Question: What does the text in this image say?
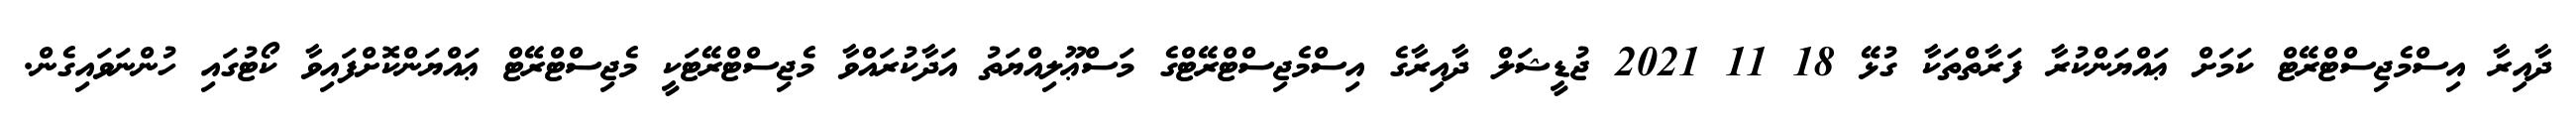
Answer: ދާއިރާ އިސްމެޖިސްޓްރޭޓް ކަމަށް ޢައްޔަންކުރާ ފަރާތްތަކާ ގުޅޭ 18 11 2021 ޖުޑީޝަލް ދާއިރާގެ އިސްމެޖިސްޓްރޭޓްގެ މަސްޢޫލިއްޔަތު އަދާކުރައްވާ މެޖިސްޓްރޭޓަކީ މެޖިސްޓްރޭޓް ޢައްޔަންކޮށްފައިވާ ކޯޓުގައި ހުންނަވައިގެން.